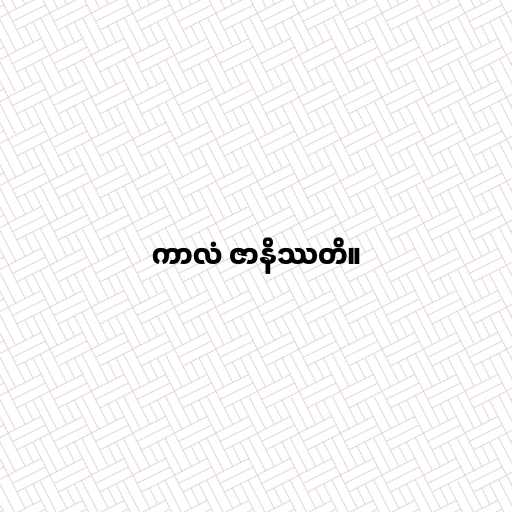
ကာလံ ဇာနိဿတိ။